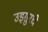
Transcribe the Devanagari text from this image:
उइग़ुरचे